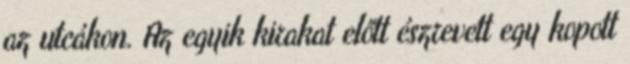
az utcákon. Az egyik kirakat előtt észrevett egy kopott